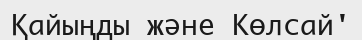
Қайыңды және Көлсай'